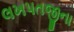
લખપતજીના